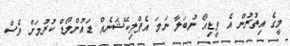
މީގެ އިތުރުން އެ ވީޑިއޯ ނުބަލާ ނަމަ އެޕްލިކޭޝަނެއް ޑައުންލޯޑް ކުރުމަށް ވެސް